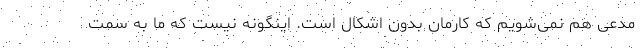
مدعی هم نمی‌شویم که کارمان بدون اشکال است. اینگونه نیست که ما به سمت